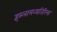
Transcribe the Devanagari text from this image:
इस्लामव्यतिरिक्त